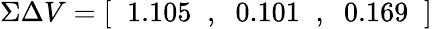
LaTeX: \Sigma\Delta V=[\; \; 1.105\; \; ,\; \; 0.101\; \; ,\; \; 0.169\; \; ]